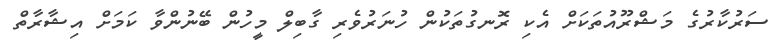
ސަރުކާރުގެ މަޝްރޫއުތަކަށް އެކި ރޮނގުތަކުން ހުނަރުވެރި ގާބިލް މީހުން ބޭނުންވާ ކަމަށް އިޝާރާތް